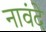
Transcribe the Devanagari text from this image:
नावंदे